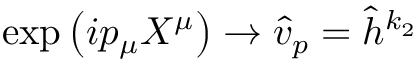
\exp \left( i p _ { \mu } X ^ { \mu } \right) \rightarrow \hat { v } _ { p } = \hat { h } ^ { k _ { 2 } }